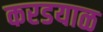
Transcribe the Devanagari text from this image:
करडयाळ